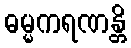
ဓမ္မကရဏန္တိ